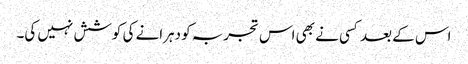
اس کے بعد کسی نے بھی اس تجربہ کو دہرانے کی کوشش نہیں کی۔